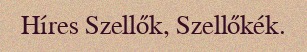
Híres Szellők, Szellőkék.